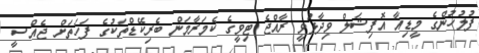
ފުލުހުންގެ މީޑިއާ އޮފިޝަލް ވިދާޅުވީ ރާއްޖެ ޓިވީގެ ކެމަރާމަން ބެރިކޭޑްތަކުގެ ފަހަތަށް ޖެއްސީ